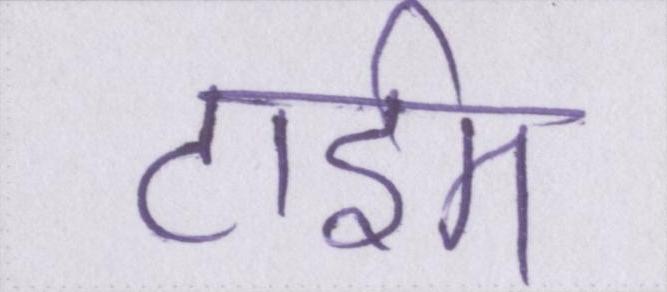
टाईम